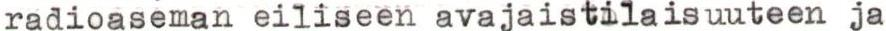
radioaseman eiliseen avajaistilaisuuteen ja